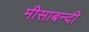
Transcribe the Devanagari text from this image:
मीसाबन्दी